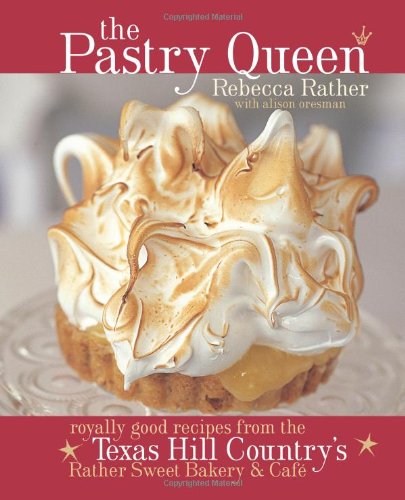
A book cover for The Pastry Queen: Royally Good Recipes from the Texas Hill Country's Rather Sweet Bakery & Cafe; Rebecca Rather; Cookbooks, Food & Wine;